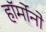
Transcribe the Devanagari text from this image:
हॉर्मोनो